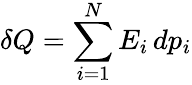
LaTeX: \delta Q=\sum_{i=1}^{N}E_{i}\, dp_{i}